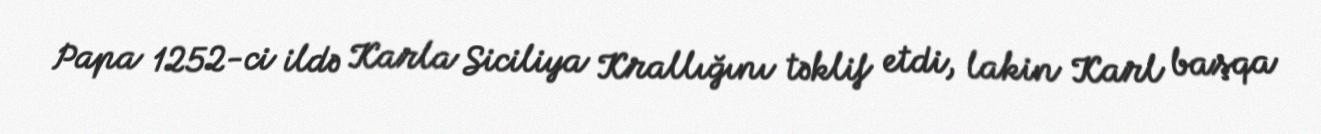
Papa 1252-ci ildə Karla Siciliya Krallığını təklif etdi, lakin Karl başqa